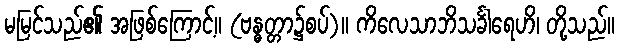
မမြင်သည်၏ အဖြစ်ကြောင့်။ (ဗန္ဓတ္တာ၌စပ်)။ ကိလေသာဘိသင်္ခါရေဟိ၊ တို့သည်။